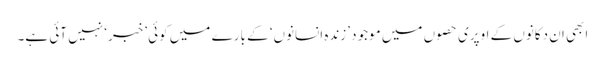
ابھی ان دکانوں کے اوپری حصوں میں موجود ’زندہ انسانوں‘ کے بارے میں کوئی ’خبر‘ نہیں آئی ہے۔